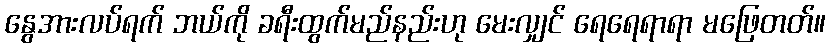
နွေအားလပ်ရက် ဘယ်ကို ခရီးထွက်မည်နည်းဟု မေးလျှင် ရေရေရာရာ မဖြေတတ်။